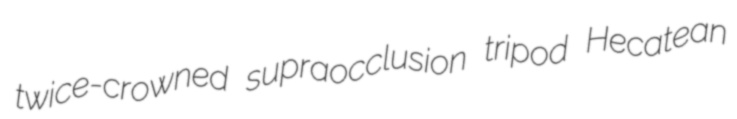
twice-crowned supraocclusion tripod Hecatean